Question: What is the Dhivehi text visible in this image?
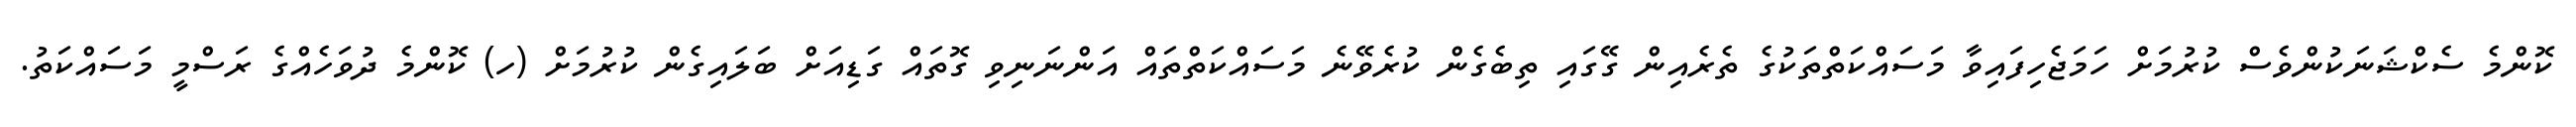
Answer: ކޮންމެ ސެކްޝަނަކުންވެސް ކުރުމަށް ހަމަޖެހިފައިވާ މަސައްކަތްތަކުގެ ތެރެއިން ގޭގައި ތިބެގެން ކުރެވޭނެ މަސައްކަތްތައް އަންނަނިވި ގޮތައް ގަޑިއަށް ބަލައިގެން ކުރުމަށް (ހ) ކޮންމެ ދުވަހެއްގެ ރަސްމީ މަސައްކަތު.